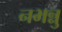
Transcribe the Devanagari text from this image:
नभन्नु